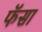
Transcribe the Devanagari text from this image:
फॅसा